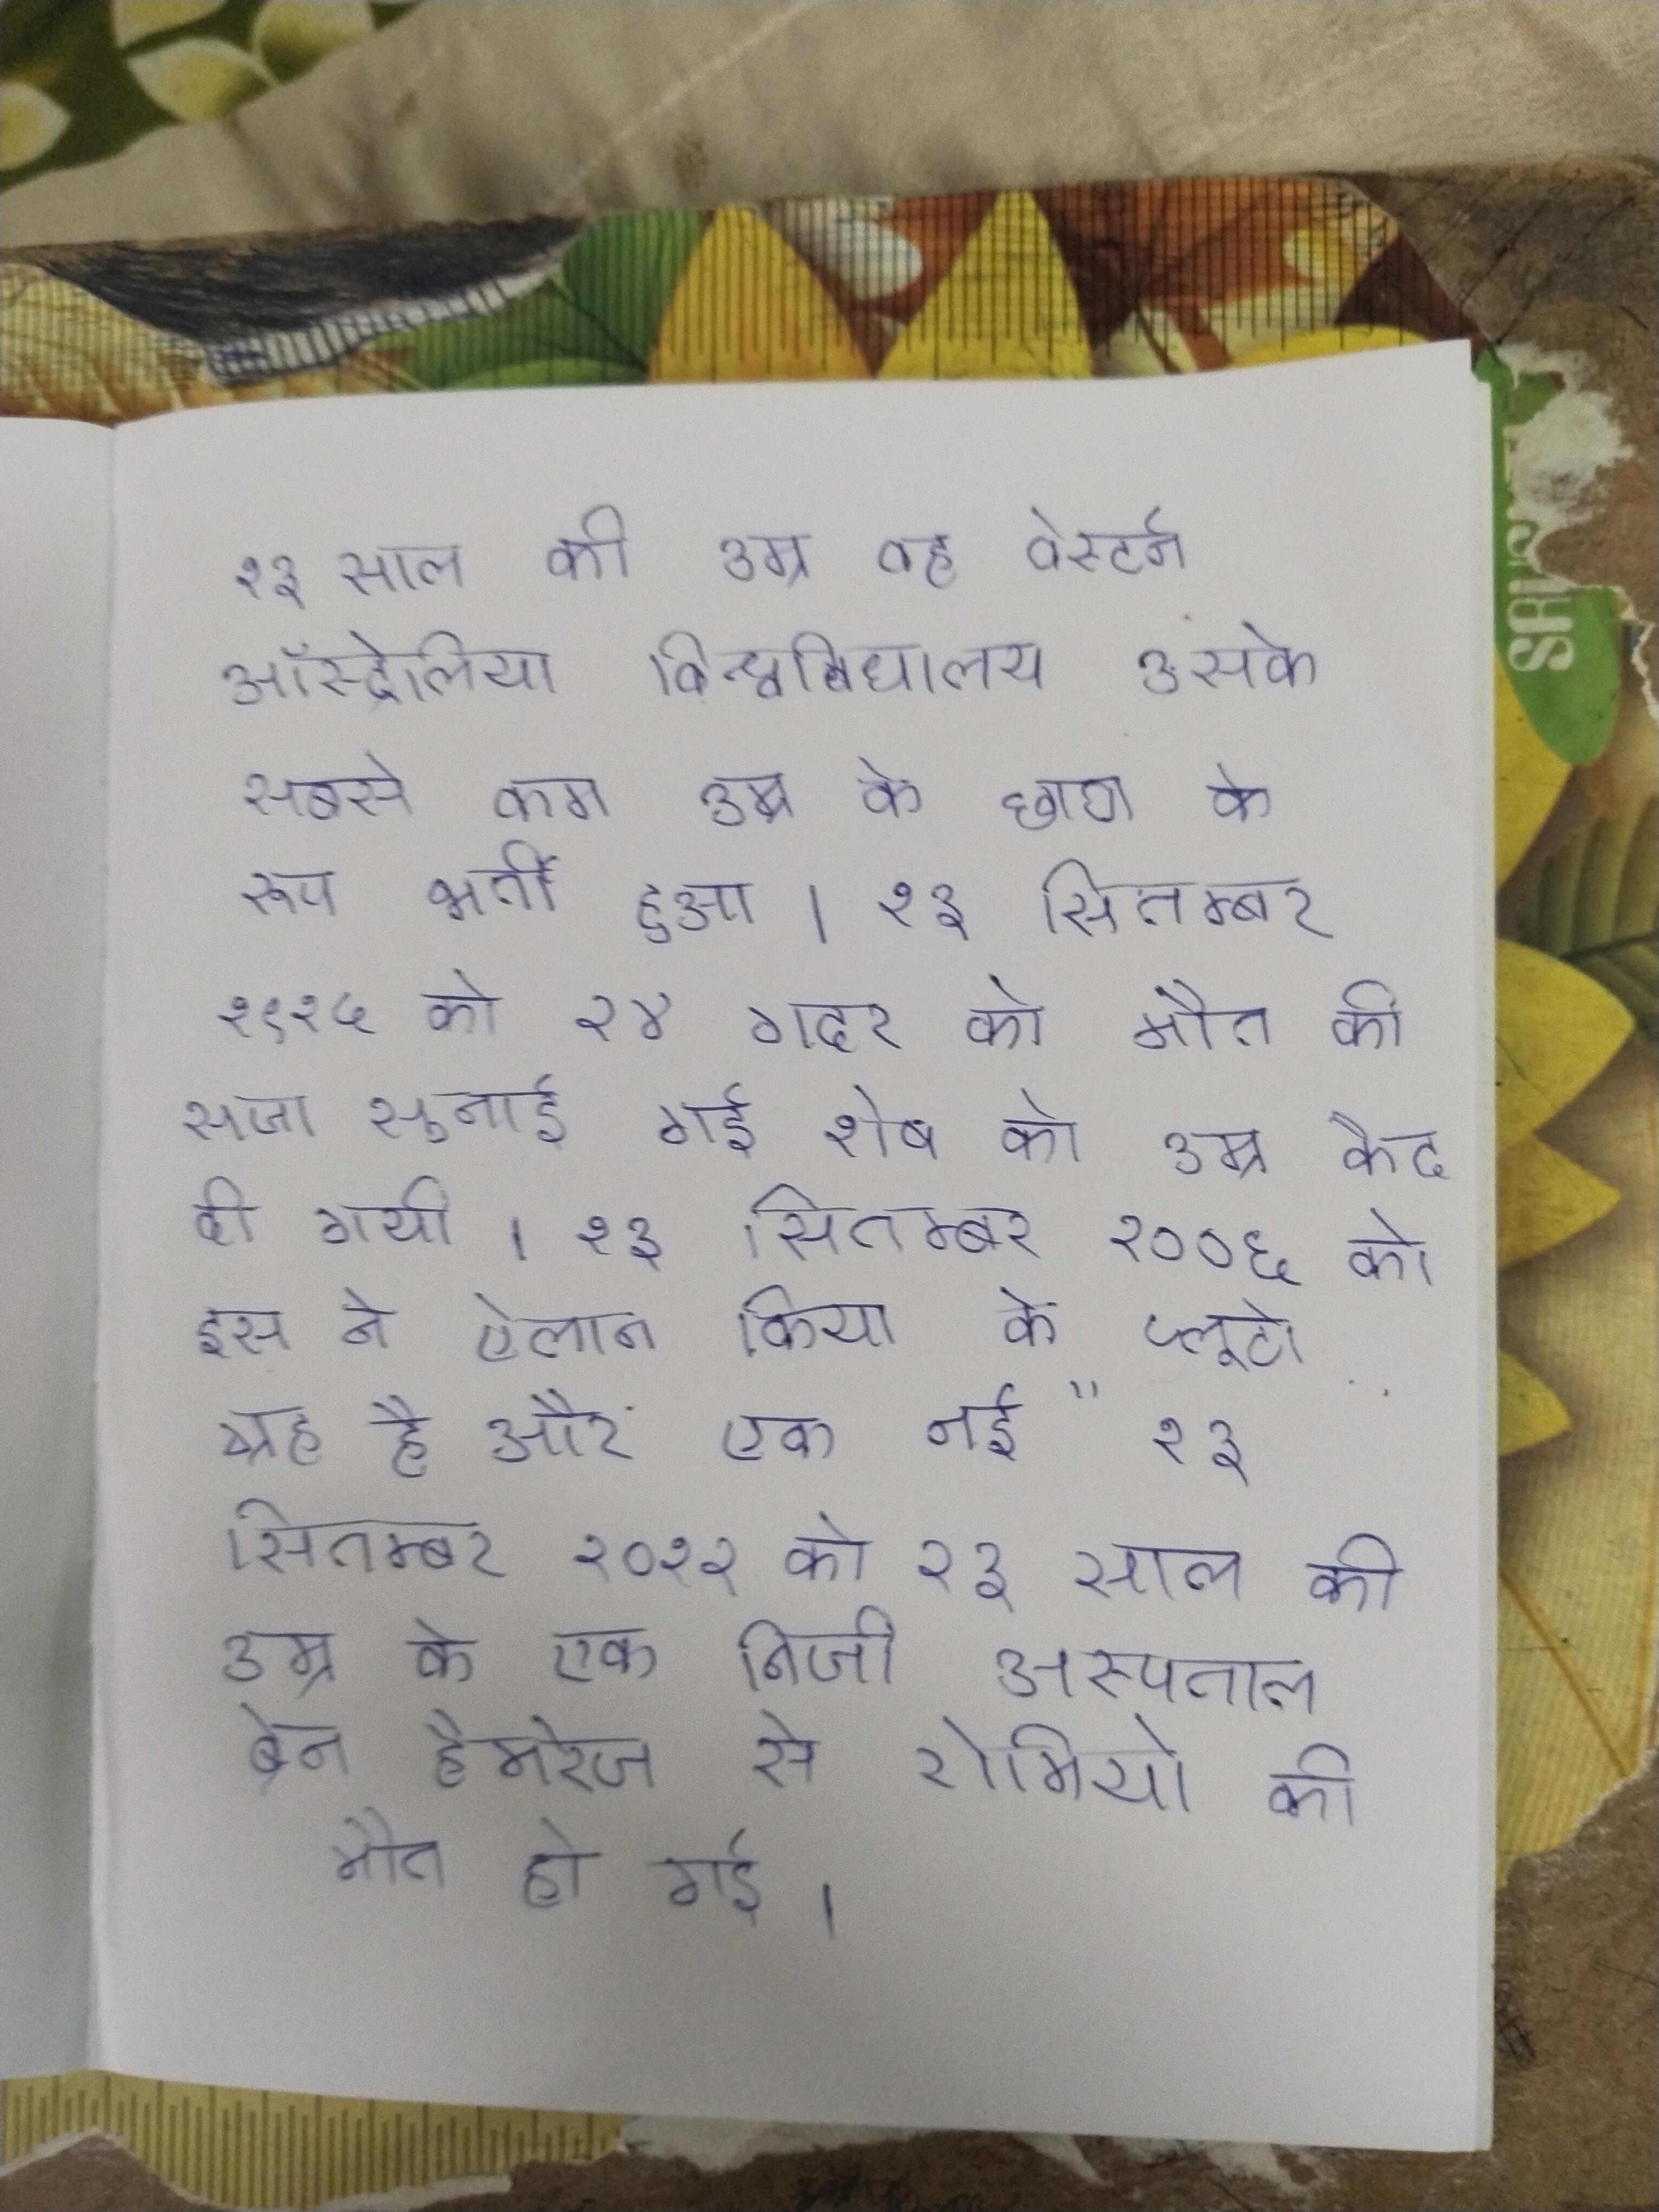
१३ साल की उम्र वह वेस्टर्न ऑस्ट्रेलिया विश्वविद्यालय उसके सबसे कम उम्र के छात्र के रूप भर्ती हुआ । १३ सितम्बर १९१५ को २४ गदर को मौत की सजा सुनाई गई शेष को उम्र कैद दी गयी । १३ सितम्बर २००६ को इस ने ऐलान किया के प्लूटो ग्रह है और एक नई " १३ सितम्बर २०१२ को २३ साल की उम्र के एक निजी अस्पताल ब्रेन हैमरेज से रोमियो की मौत हो गई ।